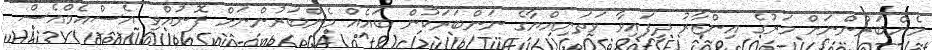
މެންބަރުންނަށް މަރުގެ އިންޒާރު ދީފައިވާ ވަތަނިއްޔާގެ ނަންބަރަކުން ބައެއް މެންބަރުންނަށް ފޮނުއްވި އެސްއެމްއެސް